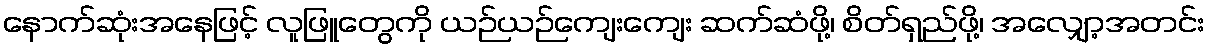
နောက်ဆုံးအနေဖြင့် လူဖြူတွေကို ယဉ်ယဉ်ကျေးကျေး ဆက်ဆံဖို့၊ စိတ်ရှည်ဖို့၊ အလျှော့အတင်း